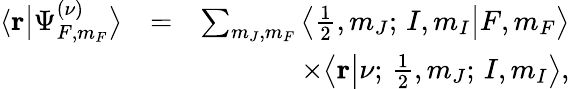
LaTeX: \begin{array}{rlr}{\langle{\mathbf r}\big|\Psi_{F,m_{F}}^{(\nu)}\big\rangle}&{=}&{\sum_{m_{J},m_{F}}\big\langle\frac{1}{2},m_{J};\, I,m_{I}\big|F,m_{F}\big\rangle}\\ &{}&{\times\big\langle{\mathbf r}\big|\nu;\, \frac{1}{2},m_{J};\, I,m_{I}\big\rangle,}\end{array}